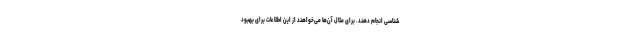
‌شناسی انجام دهند. برای مثال آن‌ها می‌خواهند از این اطلاعات برای بهبود